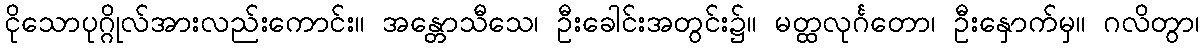
ငိုသောပုဂ္ဂိုလ်အားလည်းကောင်း။ အန္တောသီသေ၊ ဦးခေါင်းအတွင်း၌။ မတ္ထလုင်္ဂတော၊ ဦးနှောက်မှ။ ဂလိတွာ၊